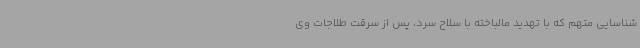
شناسایی متهم که با تهدید مالباخته با سلاح سرد، پس از سرقت طلاجات وی